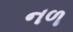
નળ